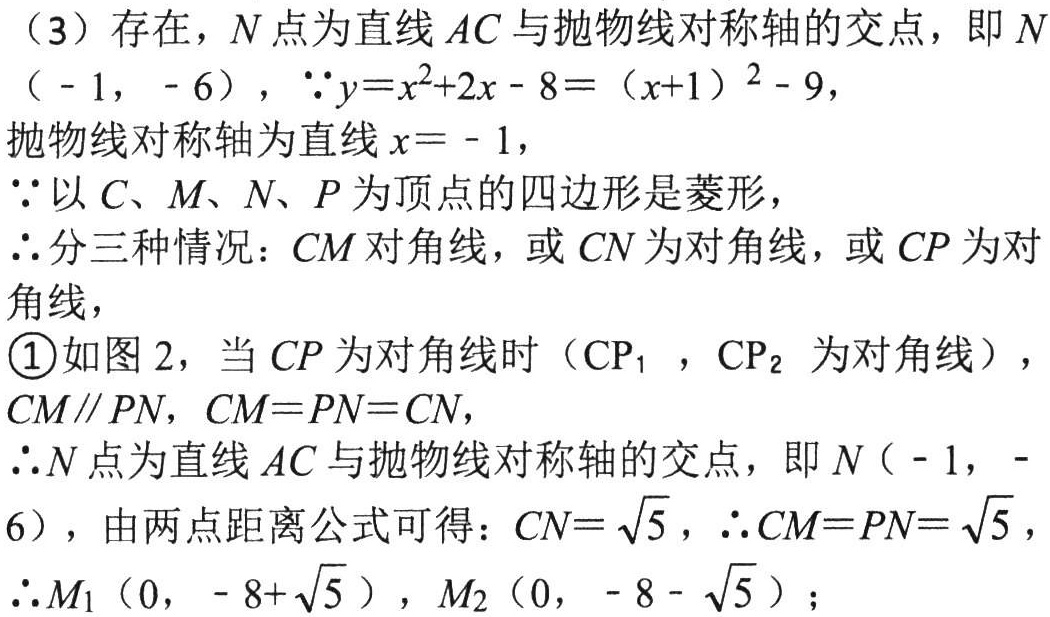
（3）存在，\(N\) 点为直线 \(AC\) 与抛物线对称轴的交点，即 \(N\)
（\(-1\)，\(-6\)），\(\because y = x^{2}+2x - 8=(x + 1)^{2}-9\)，
抛物线对称轴为直线 \(x=-1\)，
\(\because\)以 \(C、M、N、P\) 为顶点的四边形是菱形，
\(\therefore\)分三种情况：\(CM\) 对角线，或 \(CN\) 为对角线，或 \(CP\) 为对角线，
\textcircled{1}如图 2，当 \(CP\) 为对角线时（\(CP_{1}\) ，\(CP_{2}\) 为对角线），
\(CM\parallel PN\)，\(CM = PN = CN\)，
\(\therefore N\) 点为直线 \(AC\) 与抛物线对称轴的交点，即 \(N\)（\(-1\)，\(-6\)），由两点距离公式可得：\(CN = \sqrt{5}\)，\(\therefore CM = PN=\sqrt{5}\)，
\(\therefore M_{1}\)（\(0\)，\(-8+\sqrt{5}\)），\(M_{2}\)（\(0\)，\(-8 - \sqrt{5}\)）；